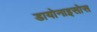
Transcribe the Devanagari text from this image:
डायोनाइसोस